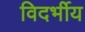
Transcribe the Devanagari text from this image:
विदर्भीय